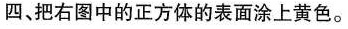
四、把右图中的正方体的表面涂上黄色。